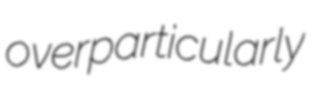
overparticularly